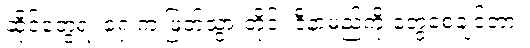
ဆိုင်တွေရဲ့ ရှေ့က ဖြတ်သွားတိုင်း ဒီနာမည်ကို တွေ့စေချင်တာ။